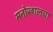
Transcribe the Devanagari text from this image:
मनोखालचा